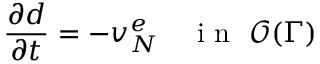
\frac { \partial d } { \partial t } = - v _ { N } ^ { e } \quad \mathrm { ~ i ~ n ~ } ~ \mathcal { O } ( \Gamma )